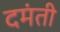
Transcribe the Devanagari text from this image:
दमंती